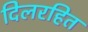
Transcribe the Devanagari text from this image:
दिलरहित